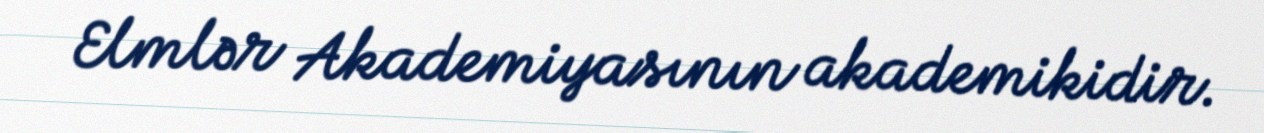
Elmlər Akademiyasının akademikidir.